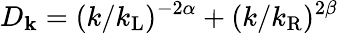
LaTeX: D_{\mathbf k}=(k/k_{\mathrm{L}})^{-2\alpha}+(k/k_{\mathrm{R}})^{2\beta}